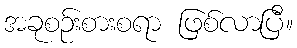
အခုစဉ်းစားစရာ ဖြစ်လာပြီ။